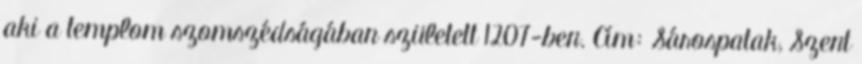
aki a templom szomszédságában született 1207-ben. Cím: Sárospatak, Szent